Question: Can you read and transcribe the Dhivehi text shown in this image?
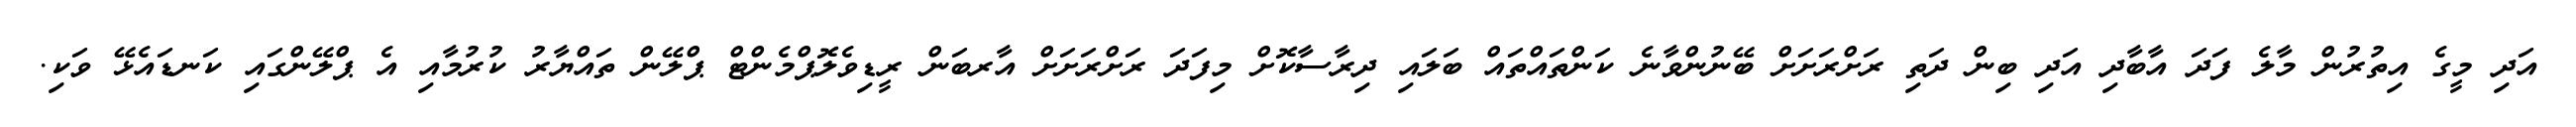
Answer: އަދި މީގެ އިތުރުން މާލެ ފަދަ އާބާދި އަދި ބިން ދަތި ރަށްރަށަށް ބޭނުންވާނެ ކަންތައްތައް ބަލައި ދިރާސާކޮށް މިފަދަ ރަށްރަށަށް އާރބަން ރީޑިވެލޮޕްމެންޓް ޕްލޭން ތައްޔާރު ކުރުމާއި އެ ޕްލޭންގައި ކަނޑައެޅޭ ވަކި.